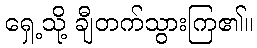
ရှေ့သို့ ချီတက်သွားကြ၏။